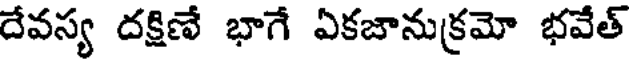
దేవస్య దక్షిణే భాగే ఏకజానుక్రమో భవేత్